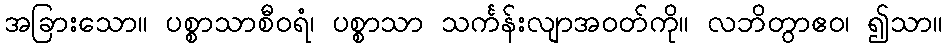
အခြားသော။ ပစ္စာသာစီဝရံ၊ ပစ္စာသာ သင်္ကန်းလျာအဝတ်ကို။ လဘိတွာဧဝ၊ ၍သာ။